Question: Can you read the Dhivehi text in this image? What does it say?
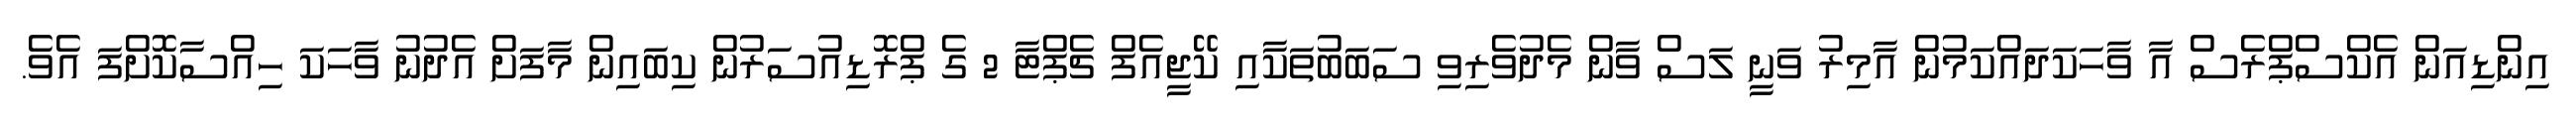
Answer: އިންޑިއަން އެކްސްޕްރެސް އާ ވާހަކަދައްކަމުން އާމިރު ވަނީ ލަސް ވާން މެދުވެރިވި ސަބަބުތަކާއި ކޭޖީއެފް ޗެޕްޓާ 2 ގެ ޕްރޮޑިއުސަރުން ކިބައިން މާފަށް އެދުނު ވާހަކަ ހިއްސާކޮށްފަ އެވެ.